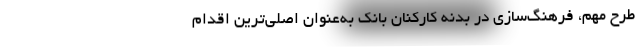
طرح مهم، فرهنگ‌سازی در بدنه کارکنان بانک به‌عنوان اصلی‌ترین اقدام